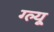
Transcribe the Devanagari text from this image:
ग्ल्यू